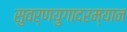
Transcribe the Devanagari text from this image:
सुवर्णयुगादरम्यान